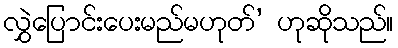
လွှဲပြောင်းပေးမည်မဟုတ်’ ဟုဆိုသည်။